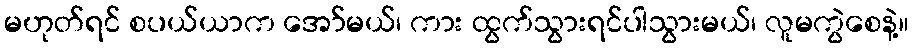
မဟုတ်ရင် စပယ်ယာက အော်မယ်၊ ကား ထွက်သွားရင်ပါသွားမယ်၊ လူမကွဲစေနဲ့။